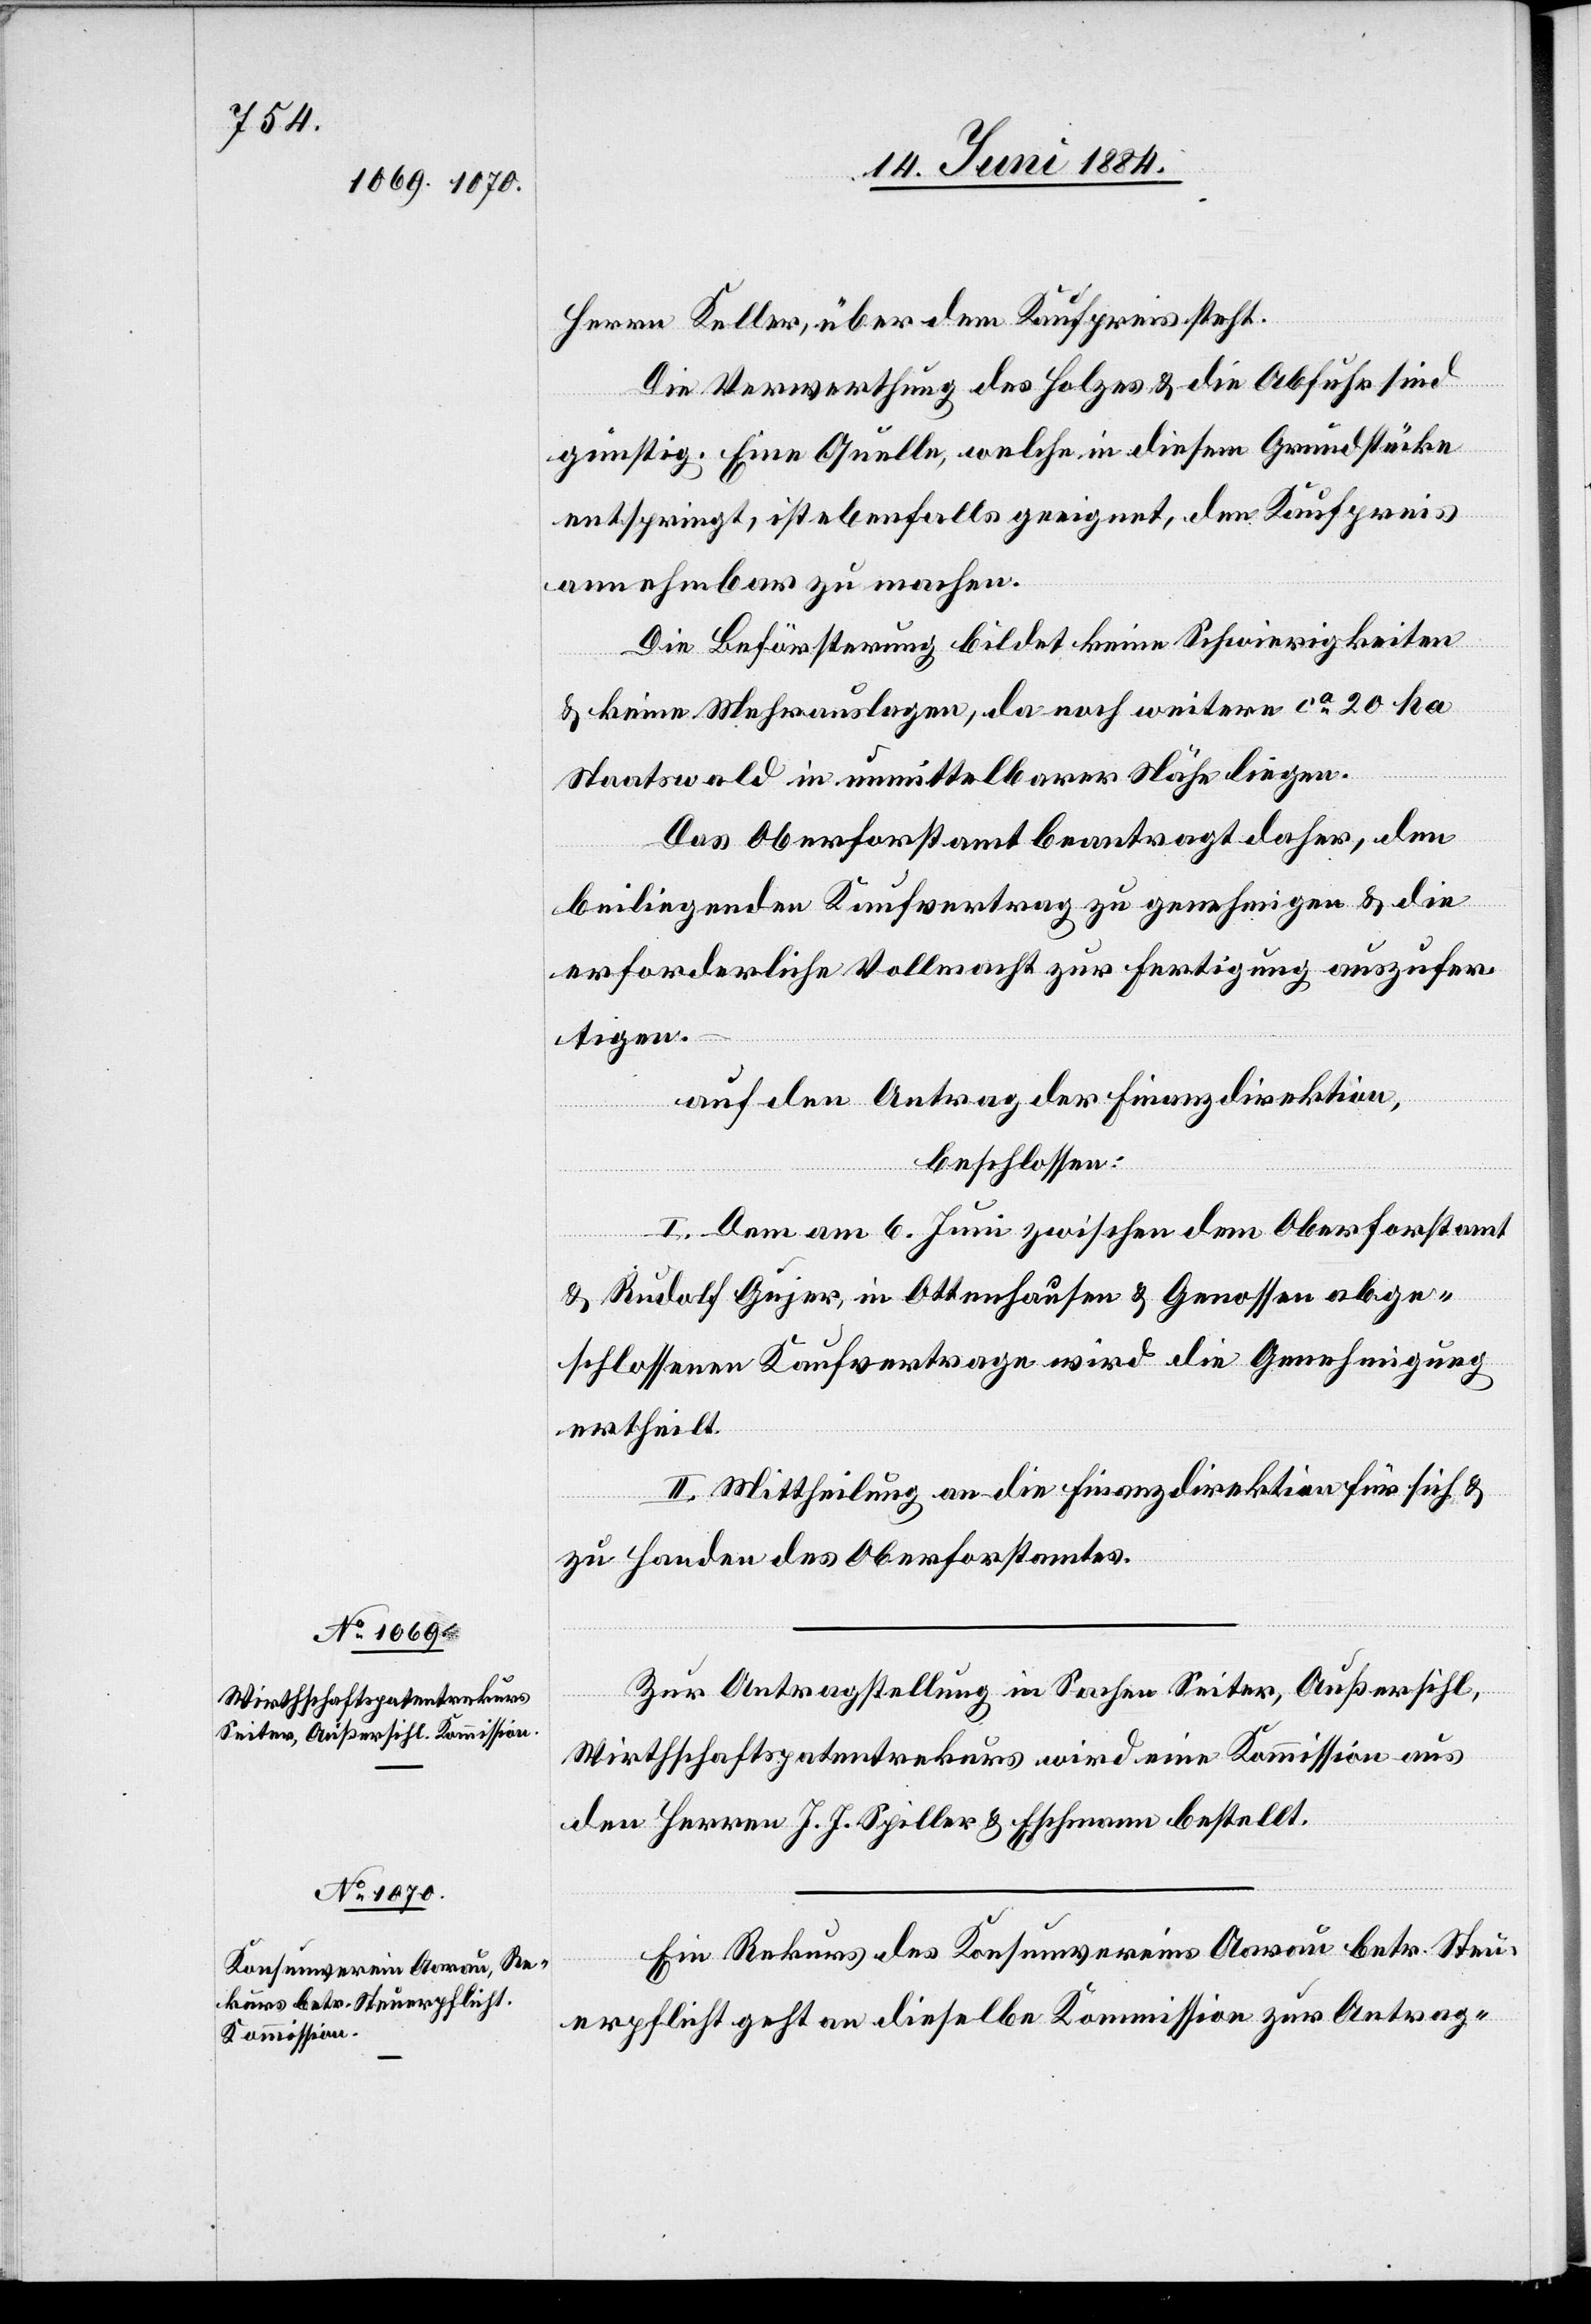
Herrn Keller, über dem Kaufpreis steht.
Die Verwerthung des Holzes & die Abfuhr sind
günstig. Eine Quelle, welche in diesem Grundstücke
entspringt, ist ebenfalls geeignet, den Kaufpreis
annehmbar zu machen.
Die Beförsterung bildet keine Schwierigkeiten
& keine Mehrauslagen, da noch weitere ca 20 ha
Staatswald in unmittelbarer Nähe liegen.
Das Oberforstamt beantragt daher, den
beiliegenden Kaufvertrag zu genehmigen & die
erforderliche Vollmacht zur Fertigung auszufer¬
tigen.
auf den Antrag der Finanzdirektion,
beschlossen:
I. Dem am 6. Juni zwischen dem Oberforstamt
& Rudolf Gujer, in Ottenhausen & Genossen abge¬
schlossenen Kaufvertrage wird die Genehmigung
ertheilt.
II. Mittheilung an die Finanzdirektion für sich &
zu Handen des Oberforstamtes.
Zur Antragstellung in Sachen Seiter, Außersihl,
Wirthschaftspatentrekurs wird eine Kommission aus
den Herren J. J. Spiller & Eschmann bestellt.
Ein Rekurs des Konsumvereins Aarau betr. Steu¬
erpflicht geht an dieselbe Kommission zur Antrag-